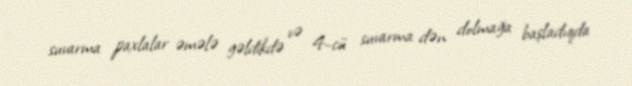
suvarma paxlalar əmələ gəldikdə və 4-cü suvarma dən dolmağa başladıqda